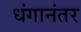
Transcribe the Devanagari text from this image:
धंगानंतर